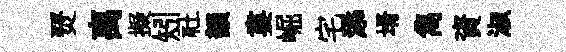
燹离擬矧社韻婁崛宅添壻雋資淑